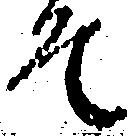
そ